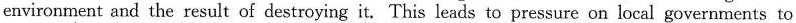
environment and the result of destroying it. This leads to pressure on local governments to